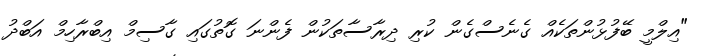
"އިލްމީ ބޭފުޅުންތަކެއް ގެނެސްގެން ކުރި ދިރާސާތަކުން ފެންނަ ގޮތުގައި ގާސިމް އިބްރާހިމް އަބްދު